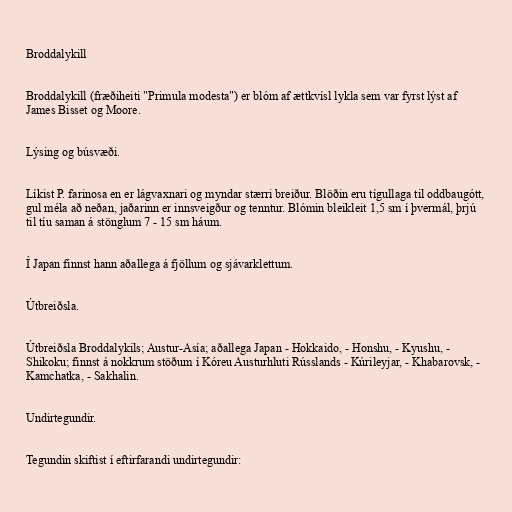
Broddalykill

Broddalykill (fræðiheiti "Primula modesta") er blóm af ættkvísl lykla sem var fyrst lýst af
James Bisset og Moore.

Lýsing og búsvæði.

Líkist P. farinosa en er lágvaxnari og myndar stærri breiður. Blöðin eru tígullaga til oddbaugótt,
gul méla að neðan, jaðarinn er innsveigður og tenntur. Blómin bleikleit 1,5 sm í þvermál, þrjú
til tíu saman á stönglum 7 - 15 sm háum.

Í Japan finnst hann aðallega á fjöllum og sjávarklettum.

Útbreiðsla.

Útbreiðsla Broddalykils; Austur-Asía; aðallega Japan - Hokkaido, - Honshu, - Kyushu, -
Shikoku; finnst á nokkrum stöðum í Kóreu Austurhluti Rússlands - Kúrileyjar, - Khabarovsk, -
Kamchatka, - Sakhalin.

Undirtegundir.

Tegundin skiftist í eftirfarandi undirtegundir: